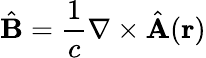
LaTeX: \hat{\mathbf{B}}=\frac{1}{c}\nabla\times\hat{\mathbf{A}}(\mathbf{r})